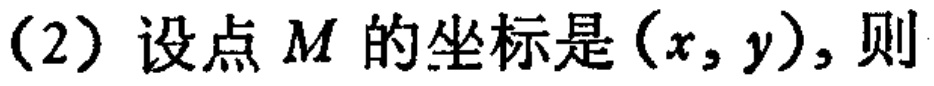
(2) 设点 \(M\) 的坐标是 \((x,y)\), 则